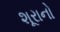
શૂરાનો